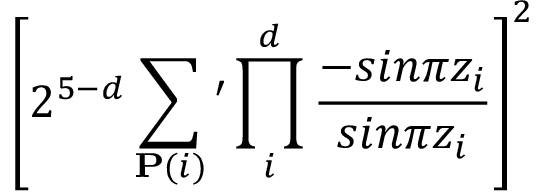
\left[ 2 ^ { 5 - d } \sum _ { { \bf P } ( i ) } \prime \prod _ { i } ^ { d } { \frac { - s i n \pi z _ { i } } { s i n \pi z _ { i } } } \right] ^ { 2 }